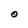
Character: O